Lunatic asylums Punjab 1881-1894 - 1881-1894
Year: 1881
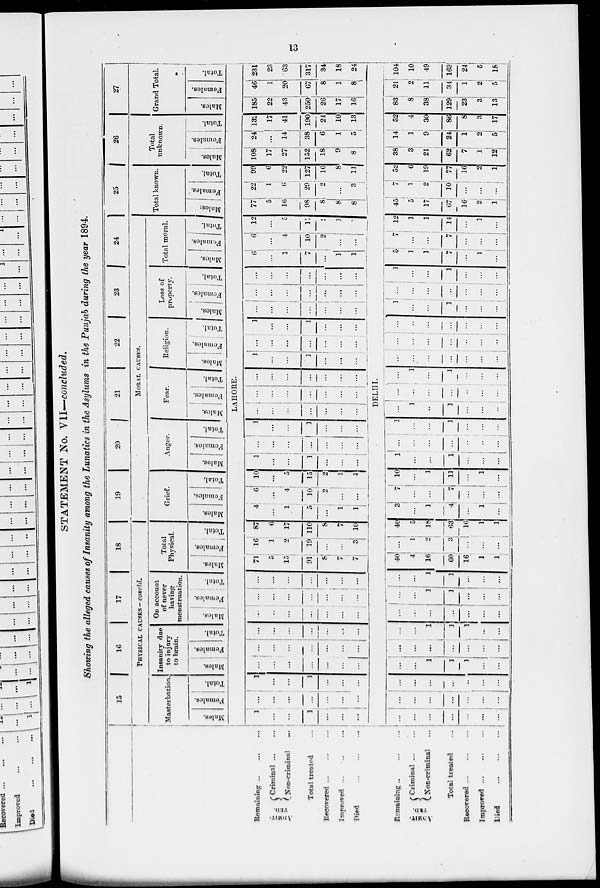
13
STATEMENT No. VII—concluded.
Showing the alleged causes of Insanity among the Lunatics in the Asylums in the Punjab during the year 1894.
15 16 17 18
PHYSICAL CAUSES -concld.
Masterbation.
Males.
Females.
Total.
Insanity due
to injury
to brain.
Males.
Females.
Total.
On account
of never
having
menstruation.
Males.
Females.
Total.
Total
Physical.
Males.
Females.
Total.
19
20
21
22
23 24
MORAL CAUSES.
Grief.
Males.
Females.
Total.
Anger.
Males.
Females.
Total.
Fear.
Males.
Females.
Total.
Religion.
Males.
Females.
Total.
Loss of
property.
Males.
Females.
Total.
Total moral.
Males.
Females.
Total.
25
Total known.
Males.
Females.
Total.
26
Total
unknown.
Males.
Females.
Total.
27
Grand Total.
Males.
Females.
Total.
LAHORE.
Remaining ... ... ...
ADMIT-
TED
Criminal ... ...
Non-criminal ...
Total treated ...
Recovered ... ... ...
Improved ... ... ...
Died
...
...
...
1
...
...
1
...
...
...
...
...
...
...
...
...
...
1
...
...
1
...
...
...
...
...
...
...
...
...
...
...
...
...
...
...
...
...
...
...
...
...
...
...
...
...
..
...
...
...
...
...
...
...
...
...
...
...
...
...
...
...
...
...
...
...
71
5
15
91
8
7
7
16
1
2
19
...
...
3
87
6
17
110
8
7
10
4
...
1
5
...
1
1
6
...
4
10
2
...
...
10
...
5
15
2
1
1
1
...
...
1
...
...
...
...
...
...
...
...
...
...
1
...
...
1
...
...
...
...
...
...
...
...
...
...
...
...
...
...
...
...
...
...
...
...
...
...
...
...
1
...
...
1
...
...
...
...
...
...
...
...
...
...
1
...
...
1
...
...
...
...
...
...
...
...
...
...
...
...
...
...
...
...
...
...
...
...
...
...
...
...
6
...
1
7
...
1
1
6
...
4
10
2
...
...
12
...
5
17
2
1
1
77
5
16
98
8
8
8
22
1
6
29
2
...
3
99
6
22
127
10
8
11
108
17
27
152
18
9
8
24
...
14
38
6
1
5
132
17
41
190
24
10
13
185
22
43
250
26
17
16
46
1
20
67
8
1
8
231
23
63
317
34
18
24
DELHI.
Remaining
...
...
...
ADMIT-
TED.
Criminal
...
...
Non-criminal
...
Total treated
...
Recovered
...
...
...
Improved ... ... ...
Died
...
...
...
...
...
...
...
...
...
...
...
...
...
...
...
...
...
...
...
...
...
...
...
...
...
...
1
1
1
...
...
...
...
...
...
...
...
....
...
...
1
1
1
...
...
...
...
...
...
...
...
...
...
...
1
1
...
...
...
...
...
1
1
...
...
...
40
4
16
60
16
1
1
...
1
2
3
...
...
...
40
5
18
63
16
1
1
3
...
1
4
...
1
...
7
...
...
7
...
...
...
10
...
1
11
...
1
...
1
...
...
1
...
...
...
...
...
...
...
...
...
...
1
...
...
1
...
...
...
...
1
...
1
...
...
...
...
...
...
...
...
...
...
...
1
...
1
...
...
...
...
...
...
...
...
...
...
...
...
...
...
...
...
...
...
...
...
...
...
...
...
1
...
...
1
...
...
...
...
...
...
...
...
...
...
1
...
...
1
...
...
...
5
1
1
7
...
1
...
7
...
...
7
...
...
...
12
1
1
14
...
1
...
45
5
17
67
16
2
1
7
1
2
10
...
...
...
52
6
19
77
16
2
1
38
3
21
62
7
1
12
14
1
9
24
1
2
5
52
4
30
86
8
3
17
83
8
38
129
23
3
13
21
2
11
34
1
2
5
104
10
49
163
24
5
18